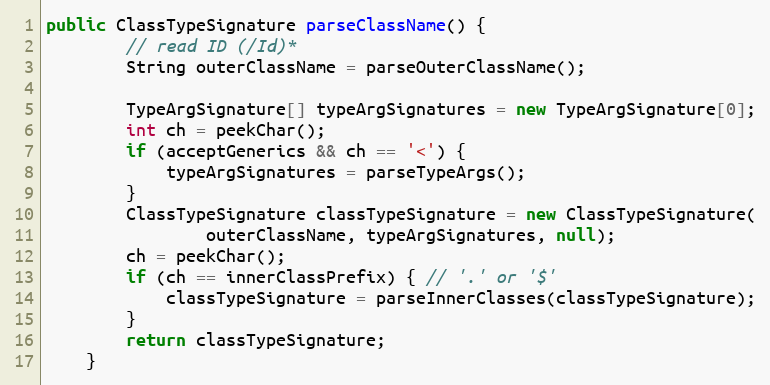
Language: Java
public ClassTypeSignature parseClassName() {
		// read ID (/Id)*
		String outerClassName = parseOuterClassName();

		TypeArgSignature[] typeArgSignatures = new TypeArgSignature[0];
		int ch = peekChar();
		if (acceptGenerics && ch == '<') {
			typeArgSignatures = parseTypeArgs();
		}
		ClassTypeSignature classTypeSignature = new ClassTypeSignature(
				outerClassName, typeArgSignatures, null);
		ch = peekChar();
		if (ch == innerClassPrefix) { // '.' or '$'
			classTypeSignature = parseInnerClasses(classTypeSignature);
		}
		return classTypeSignature;
	}